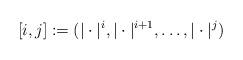
LaTeX: \begin{align*} [i,j]:=(|\cdot|^i, |\cdot|^{i+1}, \ldots, |\cdot|^j)\end{align*}